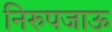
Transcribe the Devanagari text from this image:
निरुपजाऊ